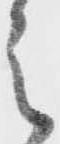
之